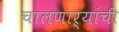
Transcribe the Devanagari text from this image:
चालणाऱ्यांची